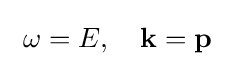
\ \omega =E,\quad \mathbf {k} =\mathbf {p} \